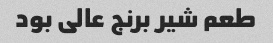
طعم شیر برنج عالی بود